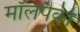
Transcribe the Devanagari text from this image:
मॉलपैकी